Distribution and causation of leprosy in British India
Year: 1875
Disease focus: Leprosy
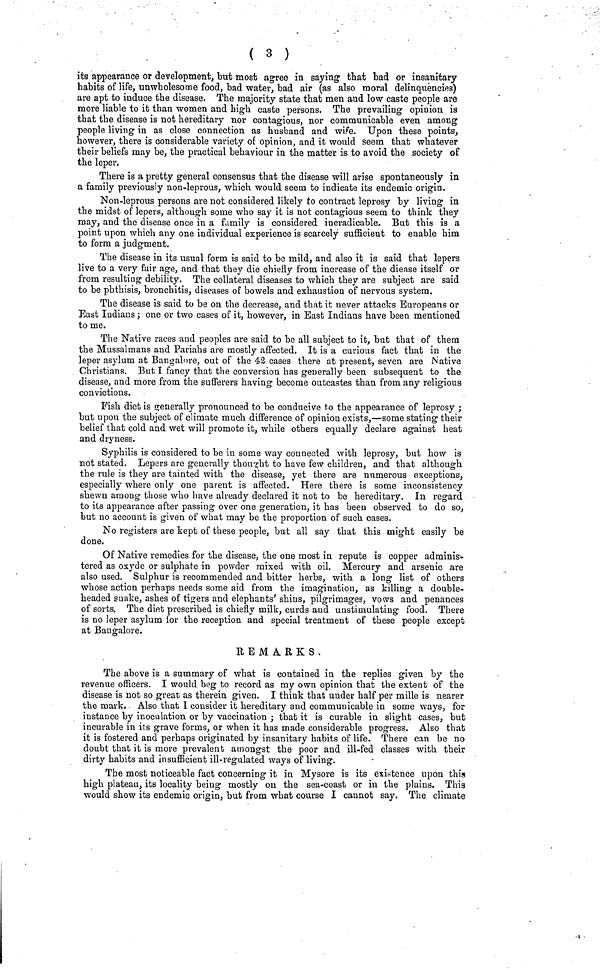
( 3 )
its appearance or development, but most agree in saying 1 that bad or insanitary
habits of life, unwholesome food, bad water, bad air (as also moral delinquencies)
are apt to induce the disease. The majority state that men and low caste people are
more liable to it than women and high caste persons. The prevailing opinion is
that the disease is not hereditary nor contagious, nor communicable even among
people living in as close connection as husband and wife. Upon these points,
however, there is considerable variety of opinion, and ifc would seem that whatever
their beliefs may be, the practical behaviour in the matter is to avoid the society of
the leper.
There is a pretty general consensus that the disease will arise spontaneously in
a family previously non-leprous, which would seem to indicate its endemic origin.
Non-leprous persons are not considered likely to contract leprosy by living in
the midst of lepers, although some who say it is not contagious seem to think they
may, and the disease once in a family is considered ineradicable. But this is a
point upon which any one individual experience is scarcely sufficient to enable him
to form a judgment.
The disease in its usual form is said to be mild, and also it is said that lepers
live to a very fair age, and that they die chiefly from increase of the diease itself or
from resulting debility. The collateral diseases to which they are subject are said
to be phthisis, bronchitis, diseases of bowels and exhaustion of nervous system.
The disease is said to be on the decrease, and that it never attacks Europeans or
East Indians ; one or two cases of it, however, in East Indians have been mentioned
to me.
The Native races and peoples are said to be all subject to it, but that of them
the Mussai mans and Pariahs are mostly affected. It is a curious fact that in the
leper asylum at Bangalore, out of the 42 cases there at present, seven are Native
Christians. But I fancy that the conversion has generally been subsequent to the
disease, and more from the sufferers having become outcastes than from any religious
convictions.
Fish diet is generally pronounced to be conducive to the appearance of leprosy ;
but upon the subject of climate much difference of opinion exists,—some stating their
belief that cold and wet will promote it, while others equally declare against heat
and dryness.
Syphilis is considered to be in some way connected with leprosy, but how is
not stated. Lepers are generally thought to have few children, and that although
the rule is they are tainted with the disease, yet there are numerous exceptions,
especially where only one parent is affected. Here there is some inconsistency
shewn among those who have already declared it not to be hereditary. In regard
to its appearance after passing over one generation, it has been observed to do so,
but no account is given of what may be the proportion of such cases.
No registers are kept of these people, but all say that this might easily be
done.
Of Native remedies for the disease, the one most in repute is copper adminis-
tered as oxyde or sulphate in powder mixed with oil. Mercury and arsenic are
also used. Sulphur is recommended and bitter herbs, with a long list of others
whose action perhaps needs some aid from the imagination, as killing a double-
headed snake, ashes of tigers and elephants' shins, pilgrimages, vows and penances
of sorts. The diet prescribed is chiefly milk, curds and unstimulating food. There
is no leper asylum for the reception and special treatment of these people except
at Bangalore.
REMARKS.
The above is a summary of what is contained in the replies given by the
revenue officers. I would beg to record as my own opinion that the extent of the
disease is not so great as therein given. I think that under half per mille is nearer
the mark. Also that I consider it hereditary and communicable in some ways, for
instance by inoculation or by vaccination ; that it is curable in slight cases, but
incurable in its grave forms, or when it has made considerable progress. Also that
it is fostered and perhaps originated by insanitary habits of life. There can be no
doubt that it is more prevalent amongst the poor and ill-fed classes with their
dirty habits and insufficient ill-regulated ways of living.
The most noticeable fact concerning it in Mysore is its existence upon this
high plateau, its locality being mostly on the sea-coast or in the plains. This
would show its endemic origin, but from what course I cannot say. The climate